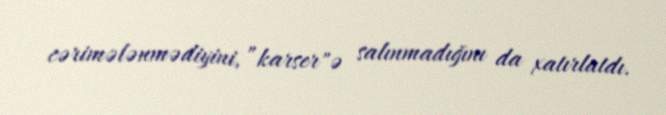
cərimələnmədiyini, ”karser"ə salınmadığını da xatırlatdı.